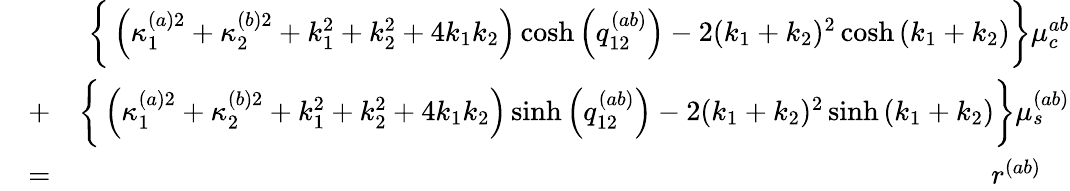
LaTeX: \begin{array}{rlr}&{}&{\bigg\{ \left(\kappa_{1}^{(a)2}+\kappa_{2}^{(b)2}+k_{1}^{2}+k_{2}^{2}+4k_{1}k_{2}\right)\cosh\left(q_{12}^{(ab)}\right)-2(k_{1}+k_{2})^{2}\cosh\left(k_{1}+k_{2}\right)\bigg\} \mu_{c}^{ab}}\\ &{+}&{\bigg\{ \left(\kappa_{1}^{(a)2}+\kappa_{2}^{(b)2}+k_{1}^{2}+k_{2}^{2}+4k_{1}k_{2}\right)\sinh\left(q_{12}^{(ab)}\right)-2(k_{1}+k_{2})^{2}\sinh\left(k_{1}+k_{2}\right)\bigg\} \mu_{s}^{(ab)}}\\ &{=}&{r^{(ab)}\quad}\end{array}